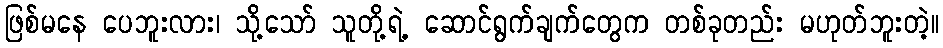
ဖြစ်မနေ ပေဘူးလား၊ သို့သော် သူတို့ရဲ့ ဆောင်ရွက်ချက်တွေက တစ်ခုတည်း မဟုတ်ဘူးတဲ့။